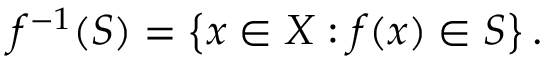
f ^ { - 1 } ( S ) = \left\{ x \in X : f ( x ) \in S \right\} .